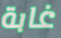
غابة